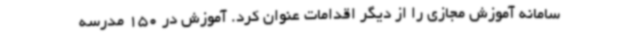
سامانه آموزش مجازی را از دیگر اقدامات عنوان کرد. آموزش در 150 مدرسه